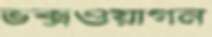
ভক্সওয়াগন